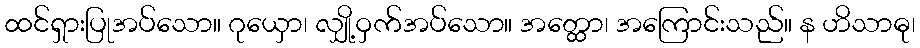
ထင်ရှားပြုအပ်သော။ ဂုယှော၊ လျှို့ဝှက်အပ်သော။ အတ္ထော၊ အကြောင်းသည်။ န ဟိသာဓု၊